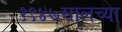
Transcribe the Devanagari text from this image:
१९४७सालच्या